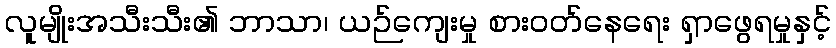
လူမျိုးအသီးသီး၏ ဘာသာ၊ ယဉ်ကျေးမှု စားဝတ်နေရေး ရှာဖွေရမှုနှင့်